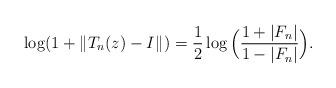
LaTeX: \begin{align*}\log(1+\|T_n(z)-I\|_{})=\frac{1}{2}\log\Big(\frac{1+|F_n|}{1-|F_n|}\Big).\end{align*}